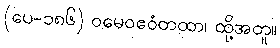
(ပေ-၁၈၆) ဝမေဝဧဝံတထာ၊ ထို့အတူ။